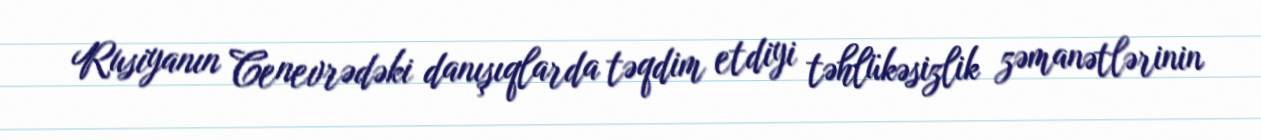
Rusiyanın Cenevrədəki danışıqlarda təqdim etdiyi təhlükəsizlik zəmanətlərinin